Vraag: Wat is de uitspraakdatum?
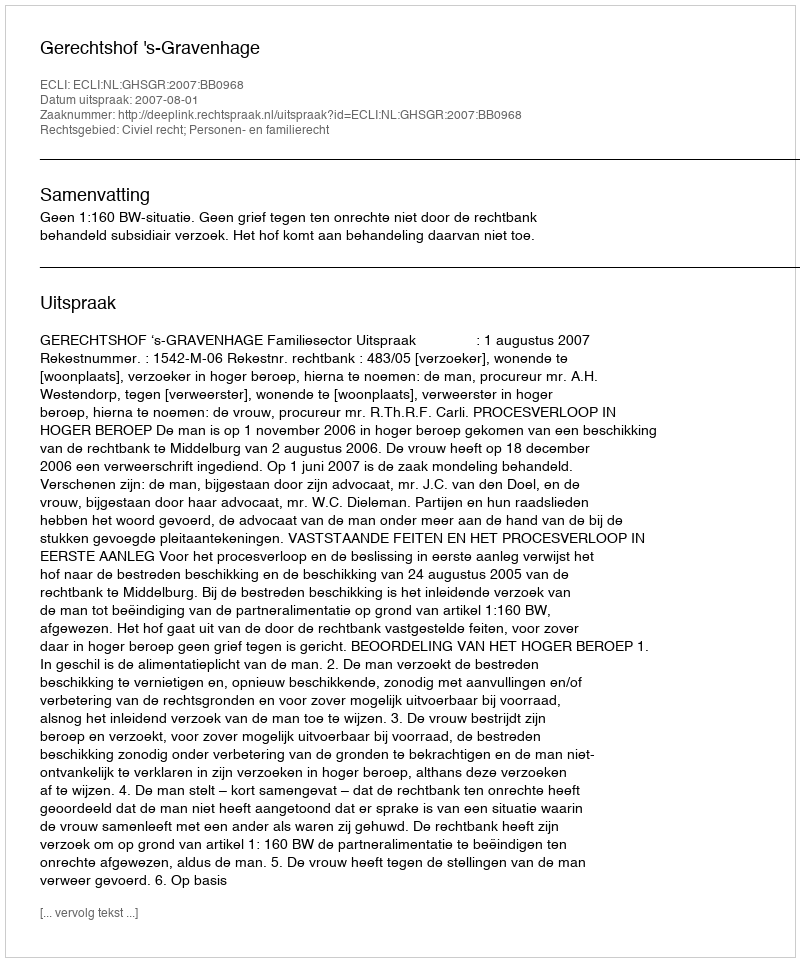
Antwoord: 2007-08-01